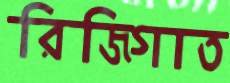
রিজিগাত